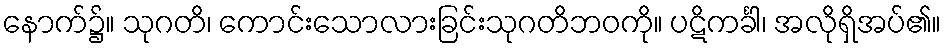
နောက်၌။ သုဂတိ၊ ကောင်းသောလားခြင်းသုဂတိဘဝကို။ ပဋိကင်္ခါ၊ အလိုရှိအပ်၏။